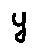
y